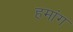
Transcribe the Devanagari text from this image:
हमांग